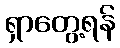
ရှာတွေ့ရန်